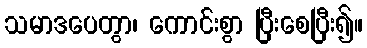
သမာဒပေတွာ၊ ကောင်းစွာ ပြီးစေပြီး၍။